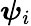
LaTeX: \boldsymbol{\psi}_{i}